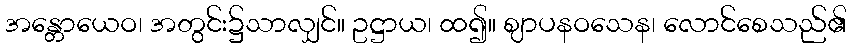
အန္တောယေဝ၊ အတွင်း၌သာလျှင်။ ဥဋ္ဌာယ၊ ထ၍။ ဈာပနဝသေန၊ လောင်စေသည်၏